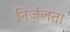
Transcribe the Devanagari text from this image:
निर्जलता